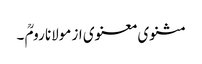
مثنوی معنوی از مولانا رومؒ ۔